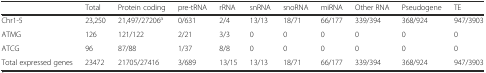
|  | Total | Protein coding | pre-tRNA | rRNA | snRNA | snoRNA | miRNA | Other RNA | Pseudogene | TE |
 | --- | --- | --- | --- | --- | --- | --- | --- | --- | --- | --- |
 | Chr1-5 | 23,250 | 21,497/27206a | 0/631 | 2/4 | 13/13 | 18/71 | 66/177 | 339/394 | 368/924 | 947/3903 |
 | ATMG | 126 | 121/122 | 2/21 | 3/3 | 0 | 0 | 0 | 0 | 0 | 0 |
 | ATCG | 96 | 87/88 | 1/37 | 8/8 | 0 | 0 | 0 | 0 | 0 | 0 |
 | Total expressed genes | 23472 | 21705/27416 | 3/689 | 13/15 | 13/13 | 18/71 | 66/177 | 339/394 | 368/924 | 947/3903 |